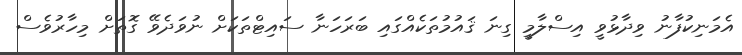
އެމަނިކުފާނު ވިދާޅުވީ އިސްލާމީ ގިނަ ޤައުމުތަކެއްގައި ބަރަހަނާ ސައިޓްތަކަށް ނުވަދެވޭ ގޮތަށް މިހާރުވެސް